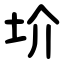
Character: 圿